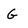
Character: G